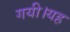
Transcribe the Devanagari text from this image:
गयी।यह